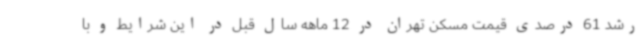
رشد 61 درصدی قیمت مسکن تهران در 12 ماهه سال قبل در این شرایط و با